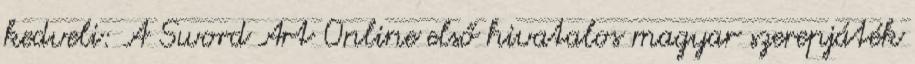
kedveli: A Sword Art Online első hivatalos magyar szerepjáték